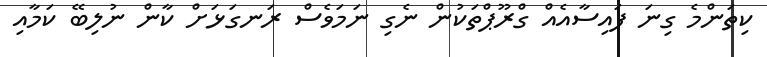
ކިތަންމެ ގިނަ ފައިސާއެއް ގްރޫޕްތަކުން ނެގި ނަމަވެސް ރަނގަޅަށް ކާން ނުލިބޭ ކަމާއި